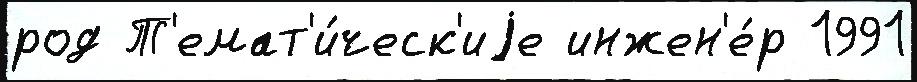
род Т'емат'и́ческ'иjе инжен'е́р 1991